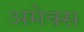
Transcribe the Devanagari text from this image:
अमेक्स